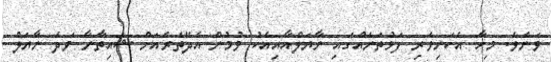
ވަނެވެ. މިހާ އެކަނިވެރި ފަޅުތަނެއްގައި ނާޔަލްއާއިއެކު ވުމުން އެދޭތެރެއަށް ޝައިތާނާ ވަދެ ނާޔަލް